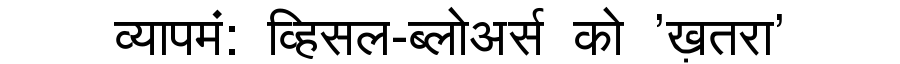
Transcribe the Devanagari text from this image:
व्यापमं: व्हिसल-ब्लोअर्स को 'ख़तरा'